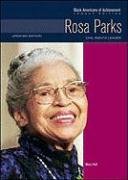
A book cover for Rosa Parks: Civil Rights Leader (Black Americans of Achievement Legacy Edition); Mary Hull; Teen & Young Adult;